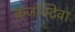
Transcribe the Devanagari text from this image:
कंजंक्टिवा